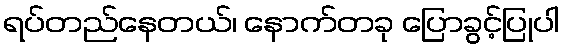
ရပ်တည်နေတယ်၊ နောက်တခု ပြောခွင့်ပြုပါ